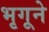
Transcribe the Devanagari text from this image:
भृगूने